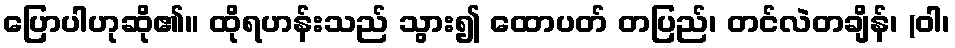
ပြောပါဟုဆို၏။ ထိုရဟန်းသည် သွား၍ ထောပတ် တပြည်၊ တင်လဲတချိန်၊ (ဝါ၊